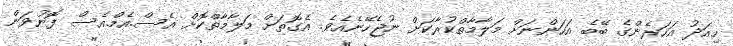
މިއަދު އަހަރެންގެ ބޭބެ އަހަންނަށް މަލާމާތްކުރާކަށް ނުޖެހޭނެއެވެ. އެގޮތަށް މަލާމާތްކޮށް އެސް.އެމް.އެސް ފޮނުވަން